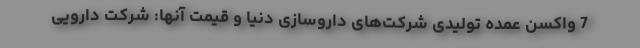
7 واکسن عمده تولیدی شرکت‌های داروسازی دنیا و قیمت آنها: شرکت دارویی